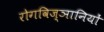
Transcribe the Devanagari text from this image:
रोगविज्ञानियों